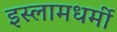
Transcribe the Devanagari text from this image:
इस्लामधर्मी